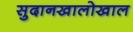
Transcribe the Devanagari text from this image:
सुदानखालोखाल